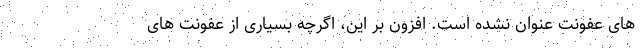
های عفونت عنوان نشده است. افزون بر این، اگرچه بسیاری از عفونت های